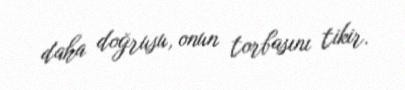
daha doğrusu, onun torbasını tikir.